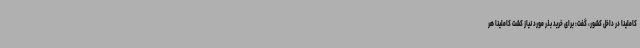
کاملینا در داخل کشور، گفت: برای خرید بذر مورد نیاز کشت کاملینا هر